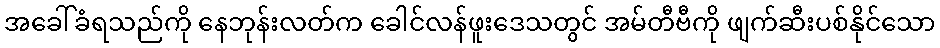
အခေါ်ခံရသည်ကို နေဘုန်းလတ်က ခေါင်လန်ဖူးဒေသတွင် အမ်တီဗီကို ဖျက်ဆီးပစ်နိုင်သော